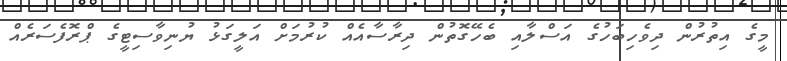
މީގެ އިތުރުން ދިވެހިބަހުގެ އަސްލާއި ބެހޭގޮތުން ދިރާސާއެއް ކުުރުމަށް އަލީގަޅު ޔުނިވާސިޓީގެ ޕްރޮފެސަރެއް